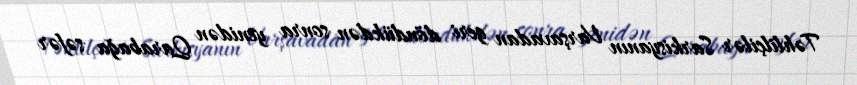
Təhlilçilər Sarkisyanın Varşavadan geri döndükdən sonra yenidən Qarabağa səfər